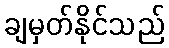
ချမှတ်နိုင်သည်